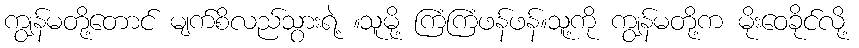
ကျွန်မတို့တောင် မျက်စိလည်သွားရဲ့ ။သူမို့ ကြံကြံဖန်ဖန်။သူ့ကို ကျွန်မတို့က မိုးဝေခိုင်လို့